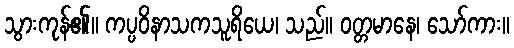
သွားကုန်၏။ ကပ္ပဝိနာသကသူရိယေ၊ သည်။ ဝတ္တမာနေ၊ သော်ကား။